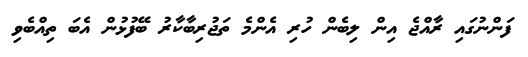
ފަންނުގައި ރާއްޖެ އިން ލިބެން ހުރި އެންމެ ތަޖުރިބާކާރު ބޭފުޅުން އެބަ ތިއްބެވި